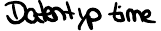
Datentyp time